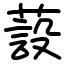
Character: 蔎